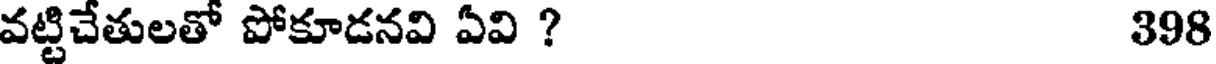
వట్టిచేతులతో పోకూడనవి ఏవి ? 398